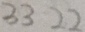
3 3 2 2